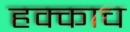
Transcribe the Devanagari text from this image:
हक्काच